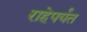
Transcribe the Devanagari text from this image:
राहेपर्यंत